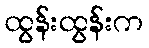
ထွန်းထွန်းက